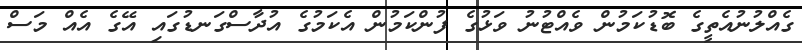
ގެއްލުނުއެތީގެ ބޮޑުކަމުން ވެއްޓުނު ވަޅުގެ ފުންކަމުން އެކަމުގެ އުދާސްގަނޑުގައި އޭގެ އެއް މަސް